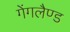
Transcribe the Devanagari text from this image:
गेंगलैण्ड